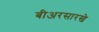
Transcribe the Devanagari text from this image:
बीअरसारखे